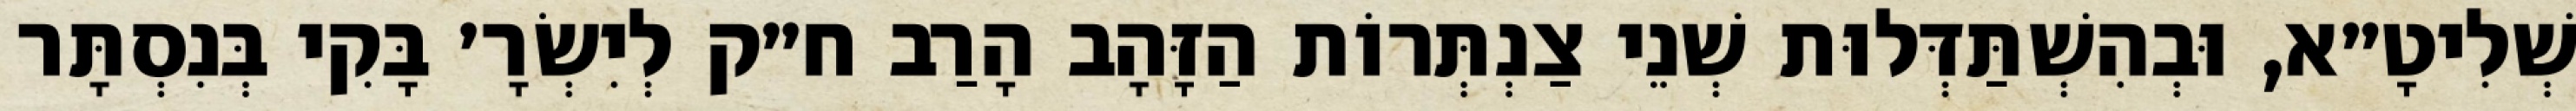
שְׁלִיטָ״א, וּבְהִשְׁתַּדְּלוּת שְׁנֵי צַנְתְּרוֹת הַזָּהָב הָרַב ח״ק לְיִשְׂרָ׳ בָּקִי בְּנִסְתָּר